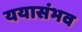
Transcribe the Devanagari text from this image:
ययासंभव